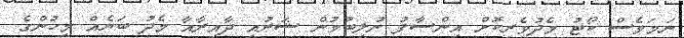
ނަމަވެސް ކޯޓު މެދުވެރިކޮށް އިންސާފު ނުލިބުމުން ޝަރުއީ ދާއިރާއާ މެދު ބަޔެއް މީހުންގެ